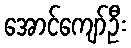
အောင်ကျော်ဦး